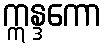
ဣန္ဒကော